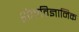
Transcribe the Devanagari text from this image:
शैलविज्ञानिक